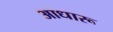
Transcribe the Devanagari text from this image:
आधारू